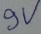
Text: 9V